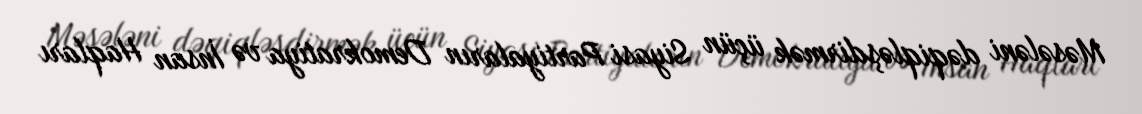
Məsələni dəqiqləşdirmək üçün Siyasi Partiyaların Demokratiya və İnsan Haqları